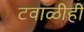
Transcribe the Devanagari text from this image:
टवाळीही